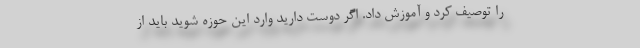
را توصیف کرد و آموزش داد. اگر دوست دارید وارد این حوزه شوید باید از